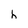
Character: h